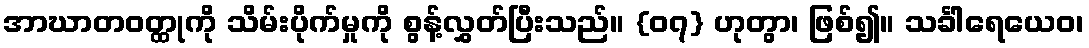
အာဃာတဝတ္ထုကို သိမ်းပိုက်မှုကို စွန့်လွှတ်ပြီးသည်။ {၀၇} ဟုတွာ၊ ဖြစ်၍။ သင်္ခါရေယေဝ၊